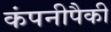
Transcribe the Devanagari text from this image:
कंपनीपैकी